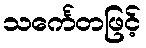
သင်္ကေတဖြင့်